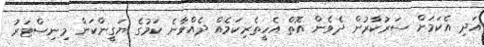
އަދި އެކަމަށް ސަރުކާރުން ދެވެން އޮތް އެހީތެރިކަމެއް ދެއްވާނެ ކަމުގެ ޔަގީންކަން މިނިސްޓަރު